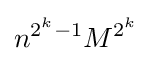
n^{2^{k}-1}M^{2^{k}}